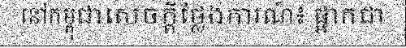
នៅកម្ពុជាសេចក្តីថ្លែងការណ៍៖ ផ្អាកជា